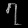
Digit: ၇